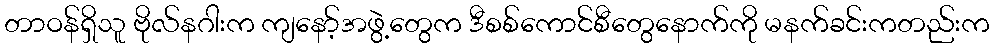
တာဝန်ရှိသူ ဗိုလ်နဂါးက ကျနော့်အဖွဲ့တွေက ဒီစစ်ကောင်စီတွေနောက်ကို မနက်ခင်းကတည်းက